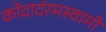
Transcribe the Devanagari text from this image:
कोदादंरमस्वामी